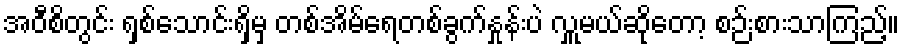
အဝီစိတွင်း ရှစ်သောင်းရှိမှ တစ်အိမ်ရေတစ်ခွက်နှုန်းပဲ လှူမယ်ဆိုတော့ စဉ်းစားသာကြည့်။